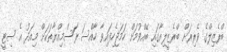
ބްރެޒިލްގެ ވެރިރަށް ބްރެޒީލިއާގައި ބޭއްވުމަށް ހަމަޖެހިފައިވާ ހާއްސަ ރަސްމިއްޔާތަކަށް މިއަދު އެ ސިޓީ